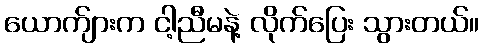
ယောက်ျားက ငါ့ညီမနဲ့ လိုက်ပြေး သွားတယ်။